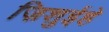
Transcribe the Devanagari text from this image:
ज़िशुईहे